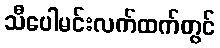
သီပေါမင်းလက်ထက်တွင်